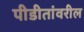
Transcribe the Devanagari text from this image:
पीडीतांवरील